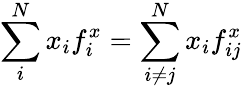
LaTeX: \sum_{i}^{N}x_{i}f_{i}^{x}=\sum_{i\ne j}^{N}x_{i}f_{ij}^{x}